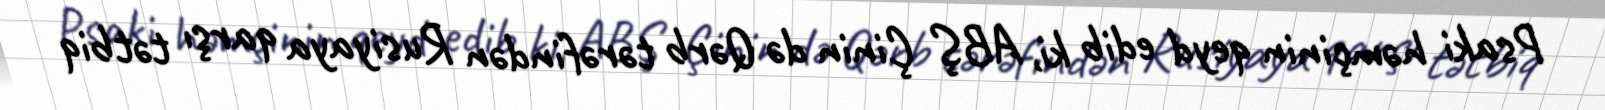
Psaki həmçinin qeyd edib ki, ABŞ Çinin də Qərb tərəfindən Rusiyaya qarşı tətbiq